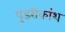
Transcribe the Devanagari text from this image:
पुंडरीकांश